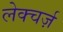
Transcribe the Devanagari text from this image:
लेक्चर्ज़